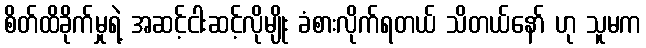
စိတ်ထိခိုက်မှုရဲ့ အဆင့်ငါးဆင့်လိုမျိုး ခံစားလိုက်ရတယ် သိတယ်နော် ဟု သူမက